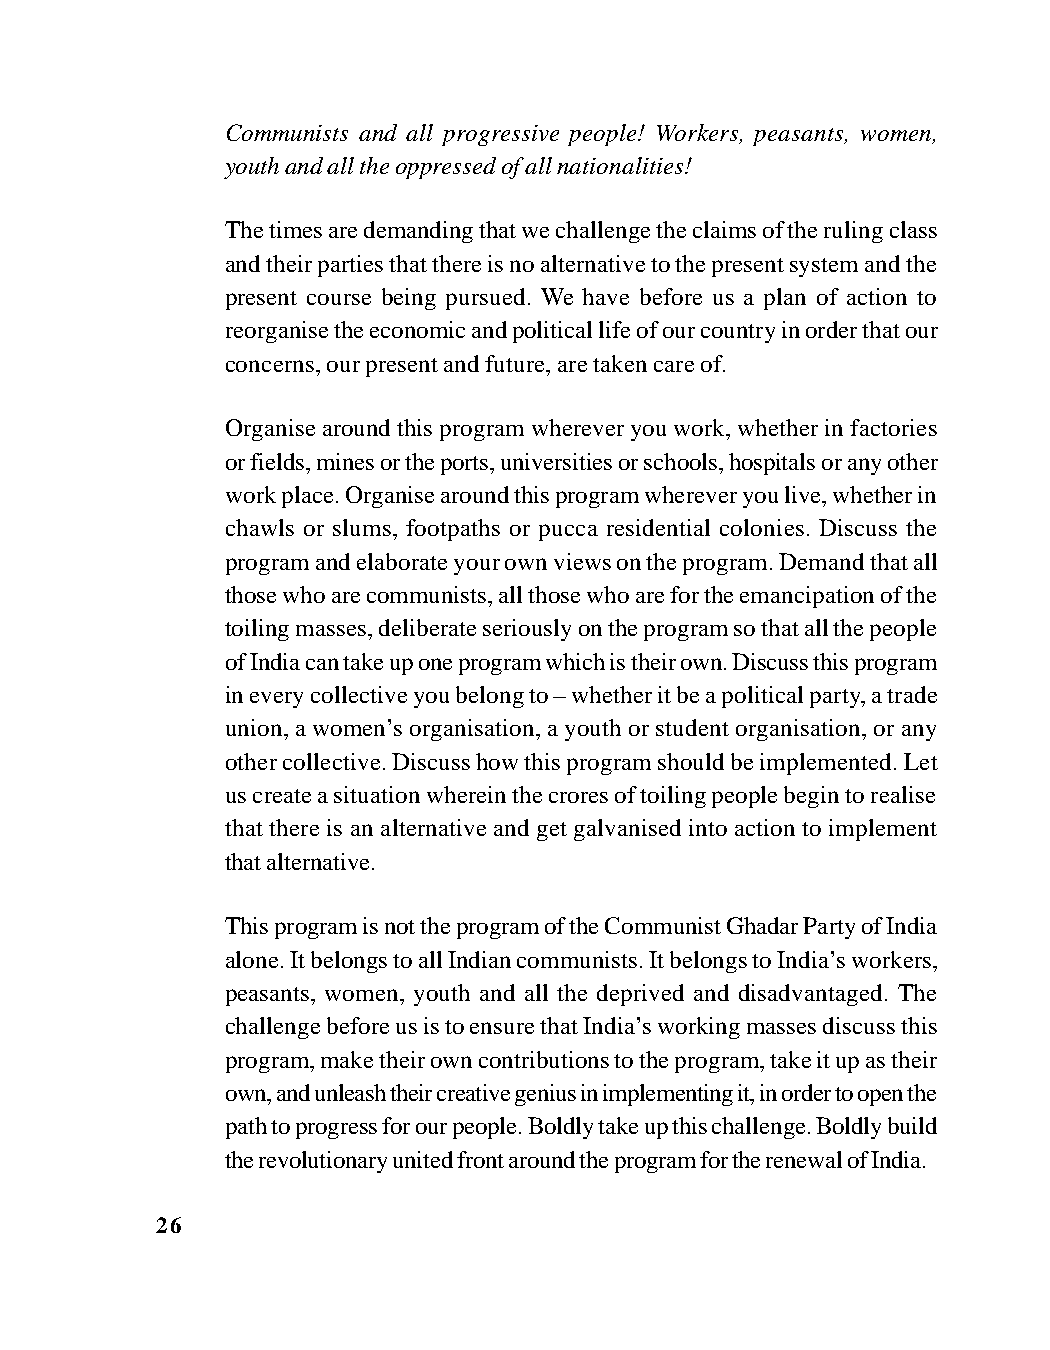
Communists and all progressive people! Workers, peasants, women,
 youth and all the oppressed of all nationalities!
 The times are demanding that we challenge the claims of the ruling class
 and their parties that there is no alternative to the present system and the
 present course being pursued. We have before us a plan of action to
 reorganise the economic and political life of our country in order that our
 concerns, our present and future, are taken care of.
 Organise around this program wherever you work, whether in factories
 or fields, mines or the ports, universities or schools, hospitals or any other
 work place. Organise around this program wherever you live, whether in
 chawls or slums, footpaths or pucca residential colonies. Discuss the
 program and elaborate your own views on the program. Demand that all
 those who are communists, all those who are for the emancipation of the
 toiling masses, deliberate seriously on the program so that all the people
 of India can take up one program which is their own. Discuss this program
 in every collective you belong to – whether it be a political party, a trade
 union, a women’s organisation, a youth or student organisation, or any
 other collective. Discuss how this program should be implemented. Let
 us create a situation wherein the crores of toiling people begin to realise
 that there is an alternative and get galvanised into action to implement
 that alternative.
 This program is not the program of the Communist Ghadar Party of India
 alone. It belongs to all Indian communists. It belongs to India’s workers,
 peasants, women, youth and all the deprived and disadvantaged. The
 challenge before us is to ensure that India’s working masses discuss this
 program, make their own contributions to the program, take it up as their
 own, and unleash their creative genius in implementing it, in order to open the
 path to progress for our people. Boldly take up this challenge. Boldly build
 the revolutionary united front around the program for the renewal of India.
 26